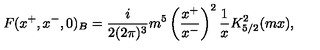
F ( x ^ { + } , x ^ { - } , 0 ) _ { B } = \frac { i } { 2 ( 2 \pi ) ^ { 3 } } m ^ { 5 } \left( \frac { x ^ { + } } { x ^ { - } } \right) ^ { 2 } \frac { 1 } { x } K _ { 5 / 2 } ^ { 2 } ( m x ) ,